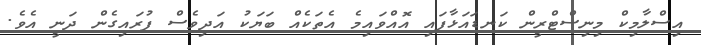
އިސްލާމިކް މިނިސްޓްރީން ކަނޑައަޅާފައި އޮއްވައިމެ އެތަކެއް ބަޔަކު އަދިވެސް ފުރައިގެން ދަނީ އެވެ.